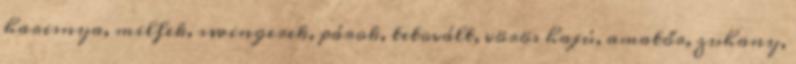
harisnya, milfek, swingerek, párok, tetovált, vörös hajú, amatőr, zuhany,